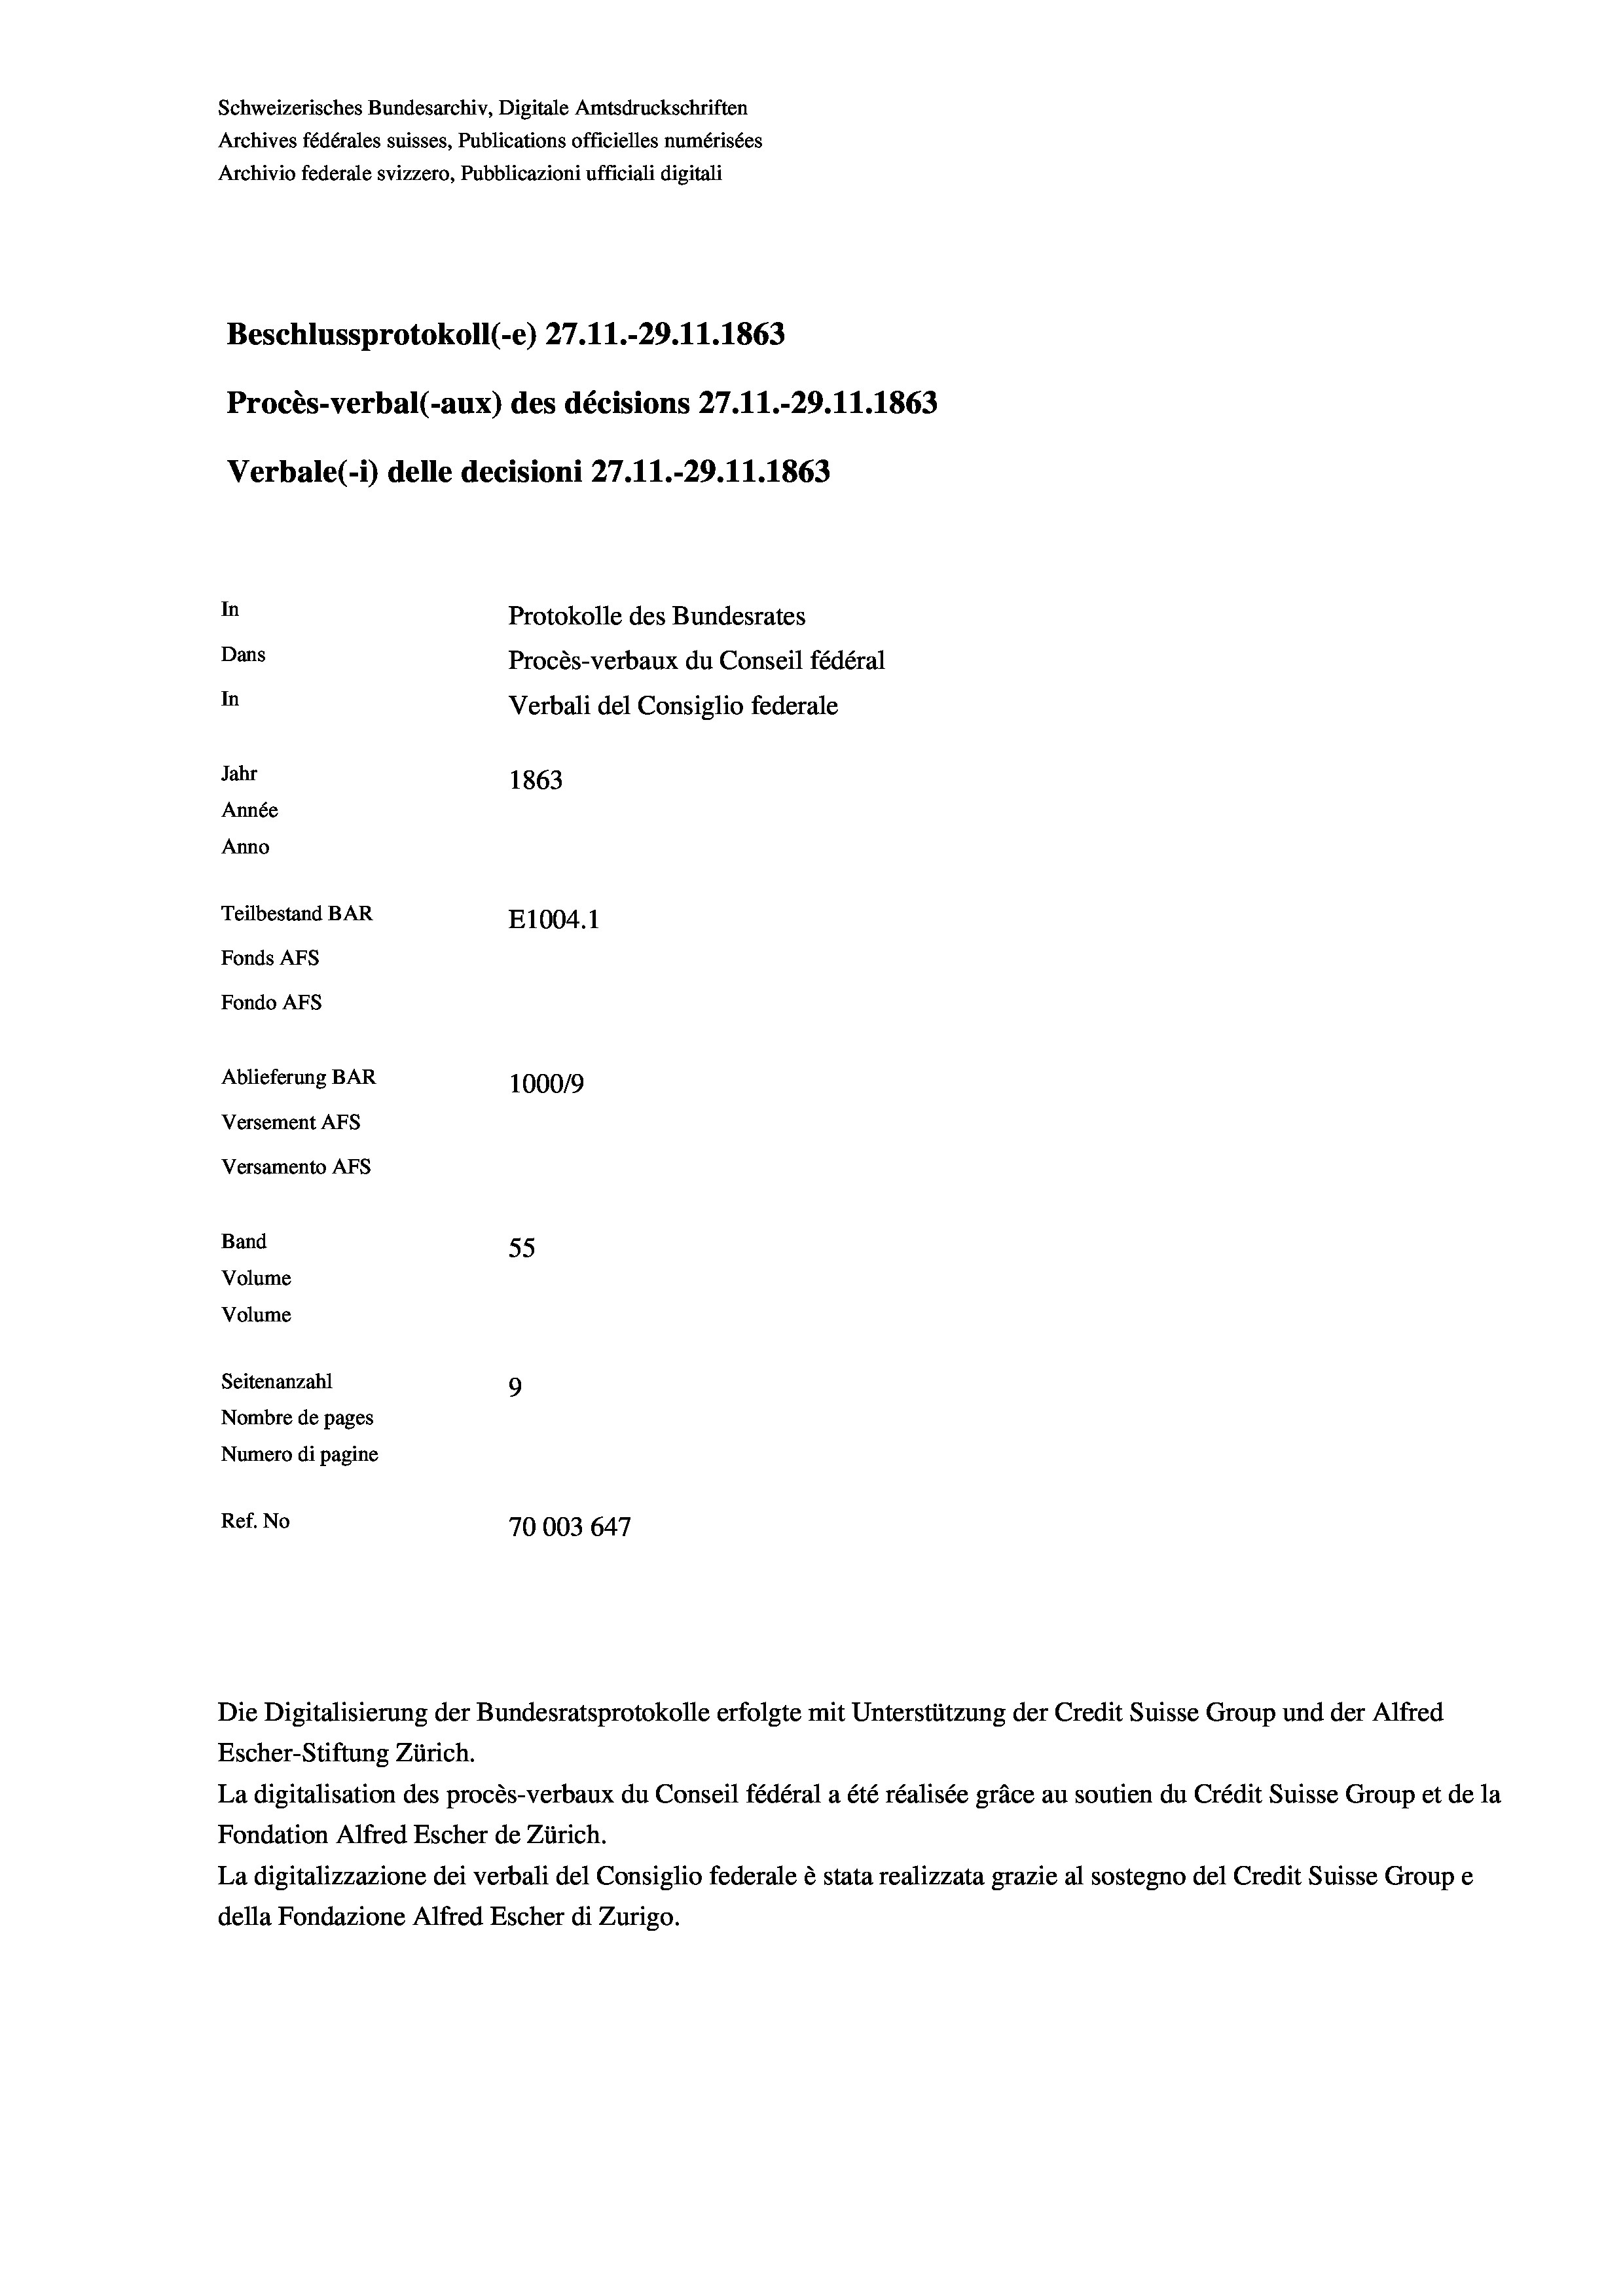
In
Protokolle des Bundesrates
Dans
Procès-verbaux du Conseil fédéral
In
Verbali del Consiglio federale
Jahr
1863
Année
Anno
Teilbestand BAR
E1004.1
Fonds AFs
Fondo AFs

Schweizerisches Bundesarchiv, Digitale Amtsdruckschriften
Archives fédérales suisses, Publications officielles numérisées
Archivio federale svizzero, Pubblicazioni ufficiali digitali

Beschlussprotokoll (e) 27. 11.-29. 11. 1863
Procès-verbal (-aux) des décisions 27.11.-29.11.1863
Verbale(-*) delle decisioni 27.11.-29. 11. 1863

Ablieferung BAR
Versement As
Versamento AFs
Band
Volume
Volume

55
Seitenanzahl
9
Nombre de pages
Numero di pagine
Ref. No
70003647

100019

Die Digitalisierung der Bundesratsprotokolle erfolgte mit Unterstützung der Credit Suisse Group und der Alfred
Escher-Stiftung Zürich.
La digitalisation des procès-verbaux du Conseil fédéral a été réalisée gräce au soutien du Crédit Suisse Group et de la
Fondation Alfred Escher de Zürich.
La digitalizzazione dei verbali del Consiglio federale è stata realizzata grazie al sostegno del Credit Suisse Groupe
della Fondazione Alfred Escher di Zurigo.